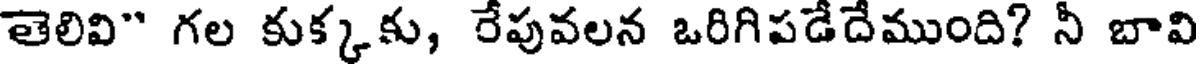
తెలివి" గల కుక్కకు, రేపువలన ఒరిగిపడేదేముంది? నీ బావి